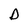
Character: D